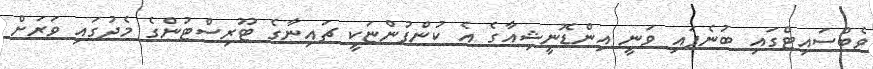
ވެބްސައިޓްގައި ބުނެފައި ވަނީ އިންޑޮނީޝިއާގެ އެ ކުންފުންޏަކީ ޗައިނާގެ ޓޫރިސްޓުންގެ މެދުގައި ވަރަށް